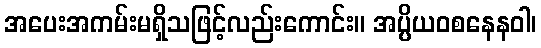
အပေးအကမ်းမရှိသဖြင့်လည်းကောင်း။ အပ္ပိယဝစနေနဝါ၊